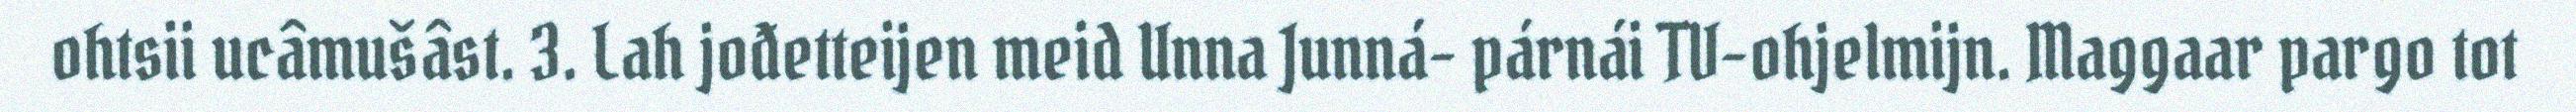
ohtsii ucâmušâst. 3. Lah jođetteijen meid Unna Junná- párnái TV-ohjelmijn. Maggaar pargo tot